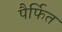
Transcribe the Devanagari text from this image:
पैर्फित